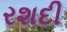
રશદી